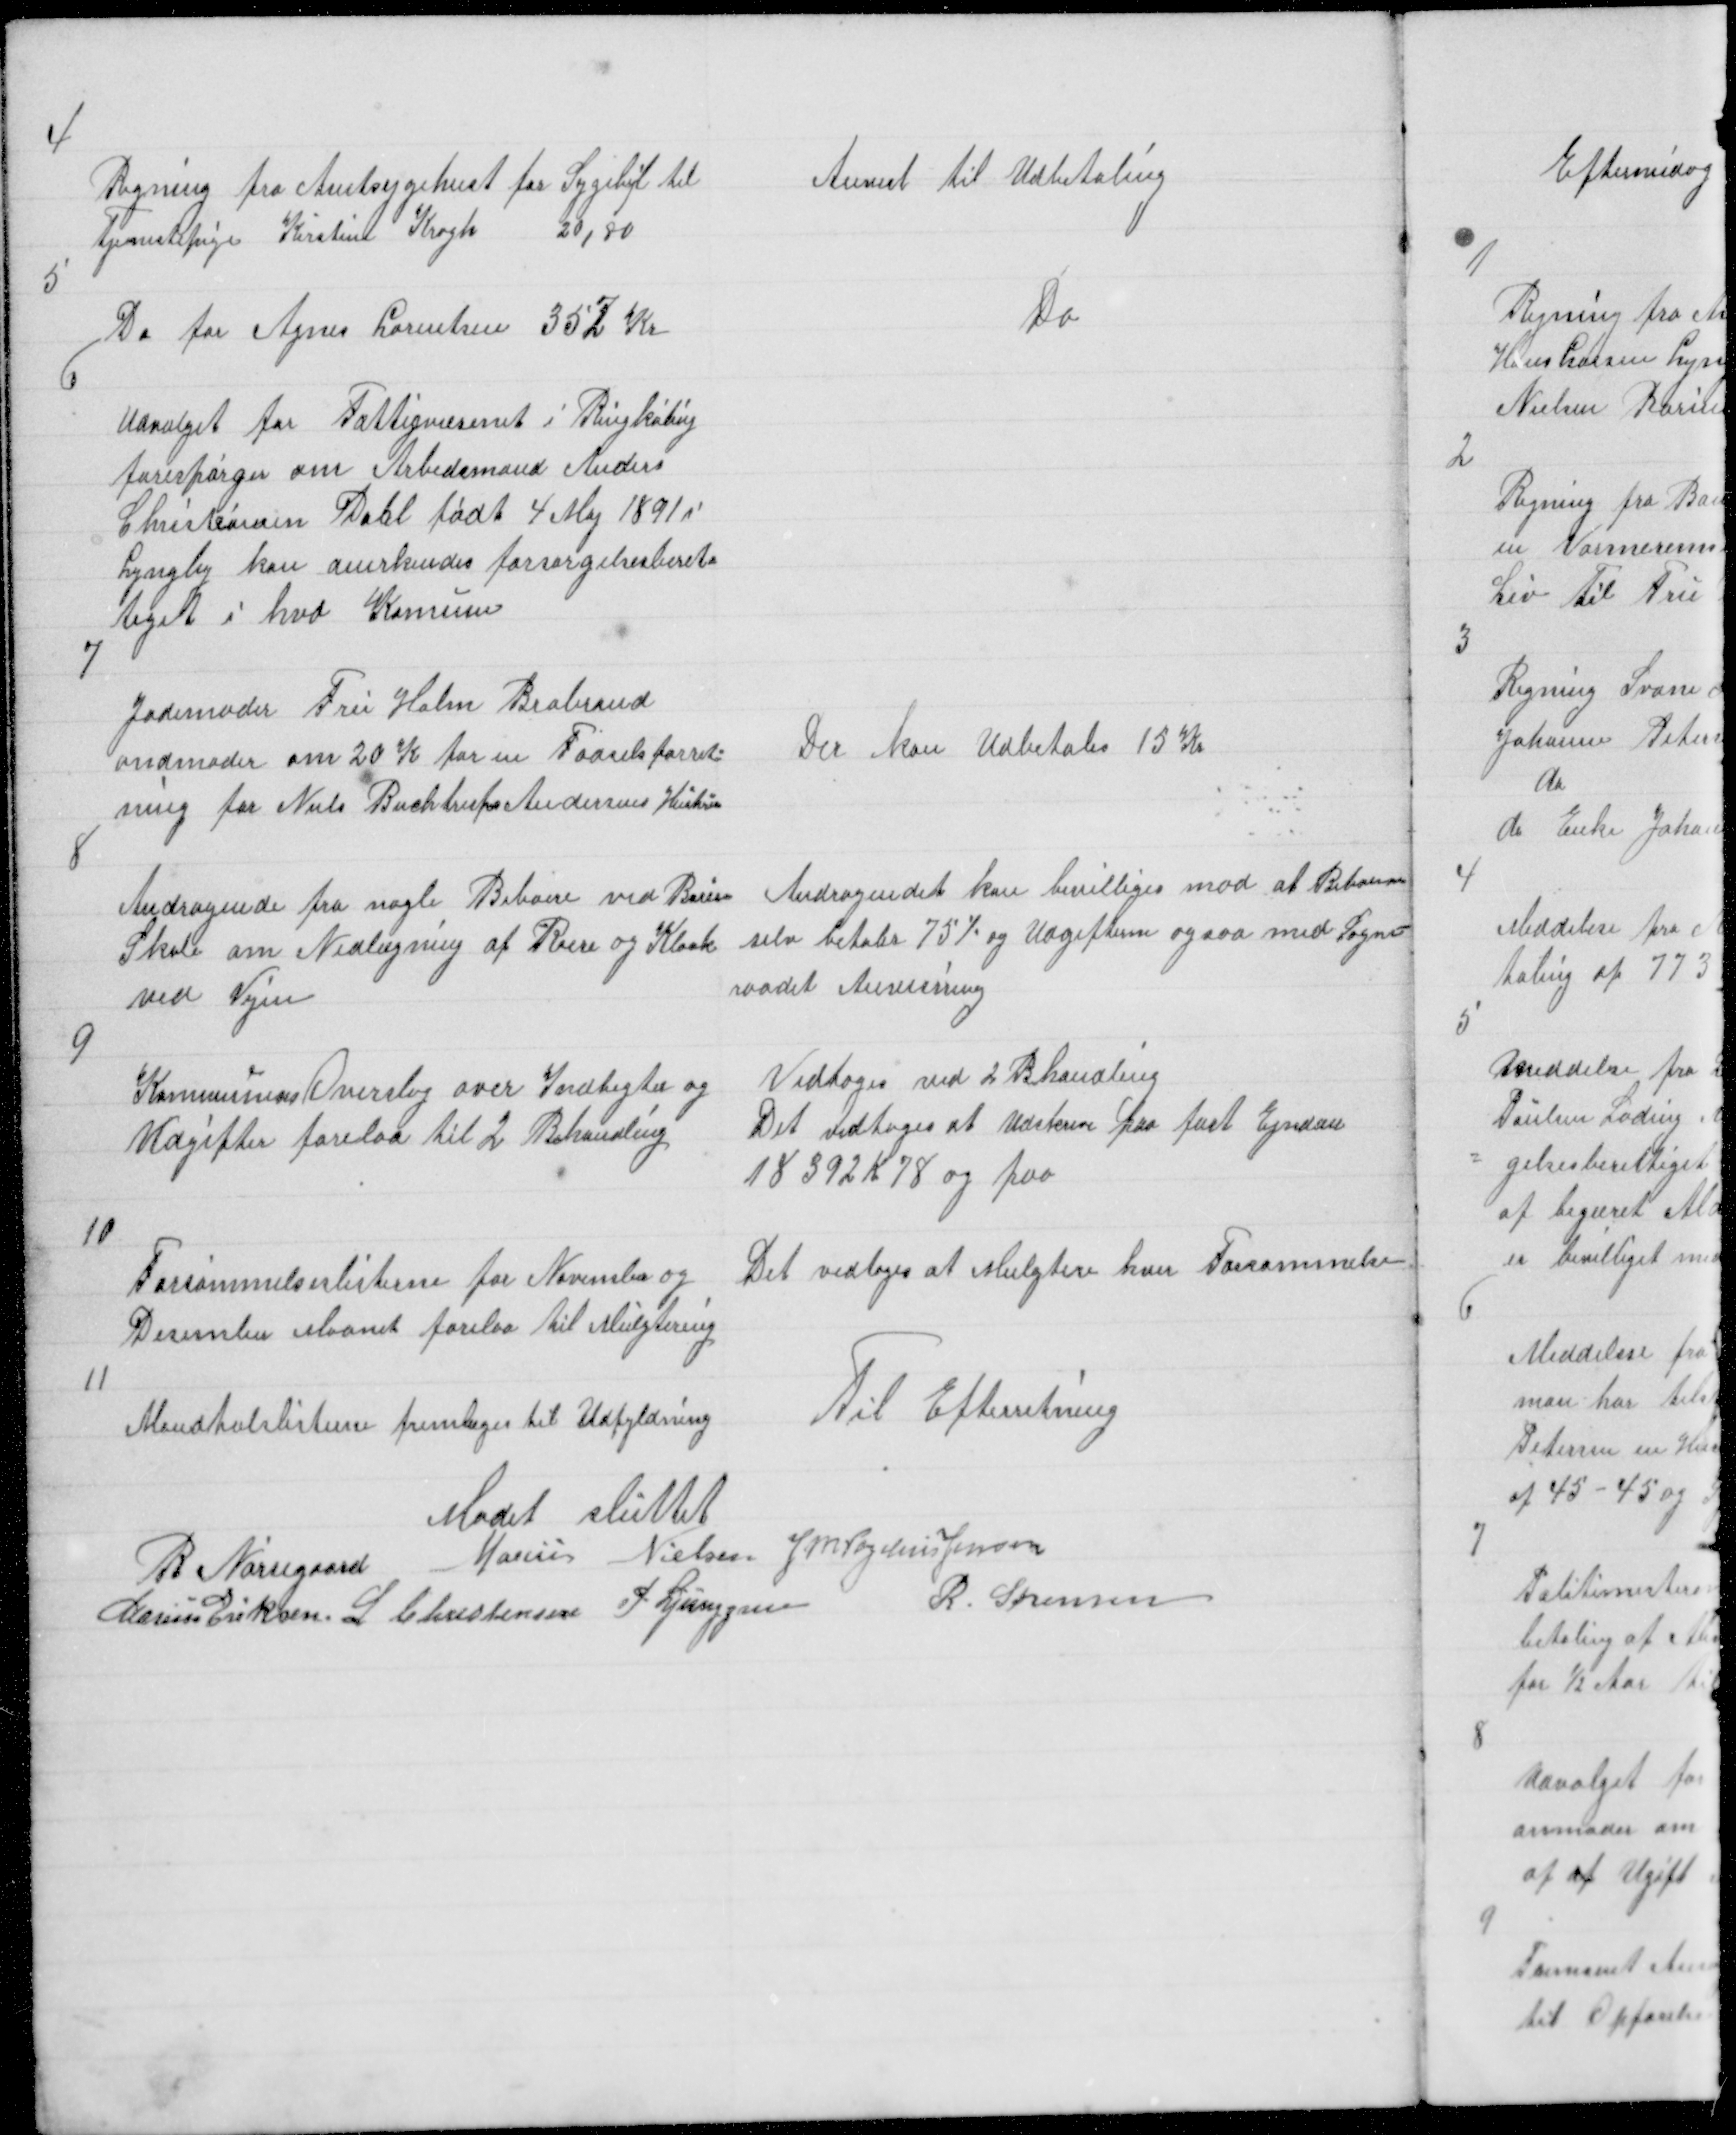
Transskription:
4

Regning fra Amtsygehust for Sygebil til
Tjenestepige Kirstine Krogh
20,80

Anvist til Udbetaling

5

Do for Agnes Lorentsen 352 kr

Do

6

Udvalget for Fattigvæsenet i Ringkøbig
forespørger om Arbedsmand Anders
Christiansen Dahl født 4 Maj 1891 i
Lyngby kan anerkendes forsørgelsesberet=
tiget i hvd Komune

7

Jodemoder Fru Holm Brabrand
andmoder om 20 K for en Fødselsforret=
ning for Niels Buchtrups Andersens Hustru

Der kan Udbetales 15 Kr

8

Andragende fra nogle Beboere ved Borum
Skole om Nedlægning af Røere og Kloak
ved Vejen

Andragendet kan bevilliges mod at Beboerne
selv betaler 75% og Udgifterne ogsaa med Sogne=
raadet Anvisning

9

Kommunens Overslag over Indtegter og
Udgifter forelaa til 2 Behandling

Vedtoges ved 2 Bhandling
Det vedtoges at Udskrive paa fast Ejendom
18392 K 78 og paa

10

Forsømmelseslisterne for November og
December Maanet forelaa til Mulgtering

Det vedtoges at Mulgtere hver Forsømmelse

11

Mandtalslisterne fremlagdes til Udfyldning

Til Efterretning

Mødet sluttet
R Nørregaard Marius Nielsen J M Vogelius Jensen
Marius Eriksen L Christensen P Ljunggren
R. Sørensen